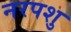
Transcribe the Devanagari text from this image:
नरपशु